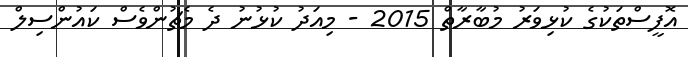
އޮފީސްތަކުގެ ކުޅިވަރު މުބާރާތް 2015 - މިއަދު ކުޅުނު ދެ މެޗުންވެސް ކައުންސިލް